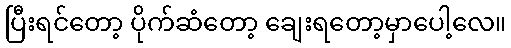
ပြီးရင်တော့ ပိုက်ဆံတော့ ချေးရတော့မှာပေါ့လေ။